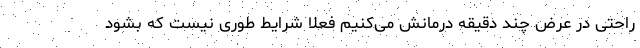
راحتی در عرض چند دقیقه درمانش می‌کنیم فعلا شرایط طوری نیست که بشود